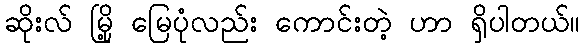
ဆိုးလ် မြို့ မြေပုံလည်း ကောင်းတဲ့ ဟာ ရှိပါတယ်။